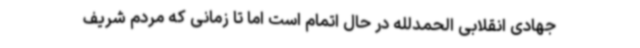
جهادی انقلابی الحمدلله در حال اتمام است اما تا زمانی که مردم شریف